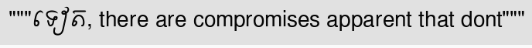
"""ទៀត, there are compromises apparent that dont"""